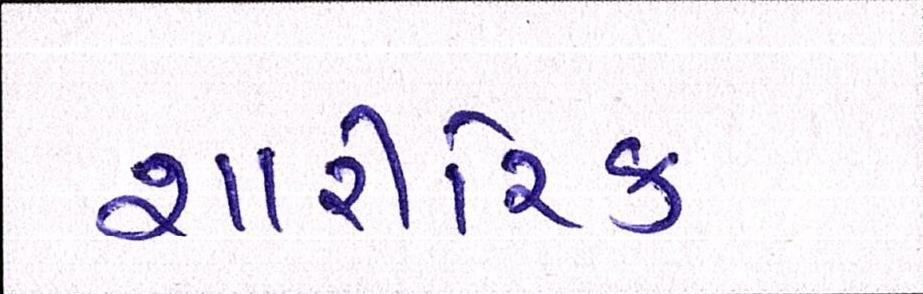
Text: શારીરિક